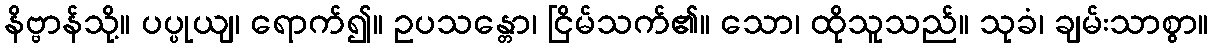
နိဗ္ဗာန်သို့။ ပပ္ပုယျ၊ ရောက်၍။ ဥပသန္တော၊ ငြိမ်သက်၏။ သော၊ ထိုသူသည်။ သုခံ၊ ချမ်းသာစွာ။